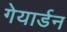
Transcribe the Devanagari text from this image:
गेयार्डन